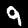
Label: 9